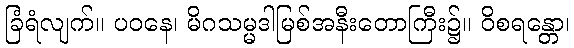
ခြံရံလျက်။ ပဝနေ၊ မိဂသမ္မဒါမြစ်အနီးတောကြီး၌။ ဝိစရန္တော၊